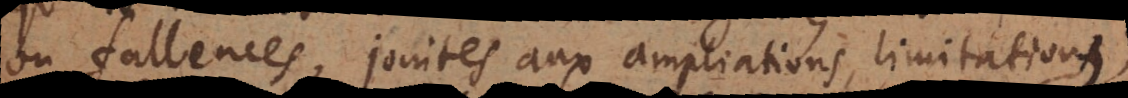
ou fallences, jointes aux ampliations, limitations,